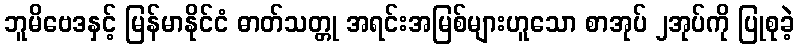
ဘူမိဗေဒနှင့် မြန်မာနိုင်ငံ ဓာတ်သတ္တု အရင်းအမြစ်များဟူသော စာအုပ် ၂အုပ်ကို ပြုစုခဲ့